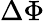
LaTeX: \Delta\Phi